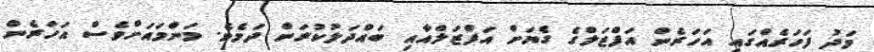
މަދު ފަހަރެއްގައި އަހަރެން އަފްޒަލްގެ ގެޔަށް އަފްޒަލްއާއި ބައްދަލުކުރަން ދަމެވެ. މަންމައަށްވެސް އަހަރެން